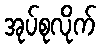
အုပ်စုလိုက်